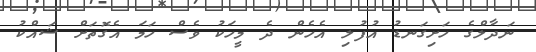
ނަދާލްގެ ހަށިގަނޑު އުފުލި އެހެން ދެ މީހަކު ވެސް ހަމަ އެގޮތަށް ޝައްކު